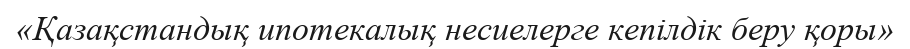
«Қазақстандық ипотекалық несиелерге кепілдік беру қоры»